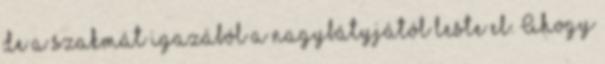
de a szakmát igazából a nagybátyjától leste el. Ahogy